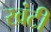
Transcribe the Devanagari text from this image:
खंटी